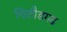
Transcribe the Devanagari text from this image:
चितौडगढ